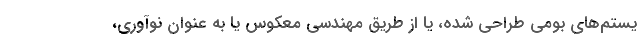
یستم‌های بومی طراحی شده، یا از طریق مهندسی معکوس یا به عنوان نوآوری،